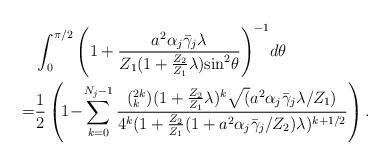
LaTeX: \begin{align*}&\int^{\pi/2}_{0}{\left(1+\frac{a^2\alpha_j\bar{\gamma}_j\lambda}{Z_1(1+\frac{Z_2}{Z_1}\lambda)\mbox{sin}^2\theta}\right)}^{-1} {d\theta}\\=&\frac{1}{2}\left(\!1\!-\!\sum^{N_j-1}_{k=0}\frac{(^{2k}_{k})(1+\frac{Z_2}{Z_1}\lambda)^k\sqrt(a^2\alpha_j\bar{\gamma}_j\lambda/Z_1)}{4^k(1+\frac{Z_2}{Z_1}(1+a^2\alpha_j\bar{\gamma}_j/Z_2)\lambda)^{k+1/2}}\right).\end{align*}